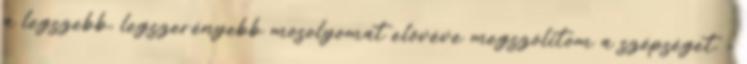
a legszebb, legszerényebb mosolyomat elővéve megszólítom a szépséget. -